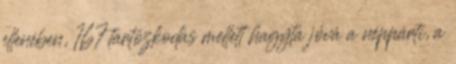
ellenében, 167 tartózkodás mellett hagyta jóvá a néppárti, a